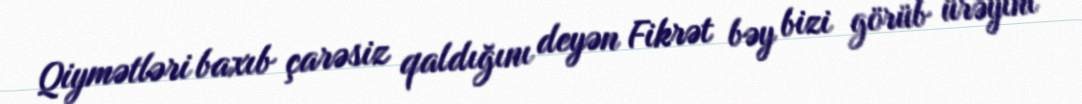
Qiymətləri baxıb çarəsiz qaldığını deyən Fikrət bəy bizi görüb ürəyini